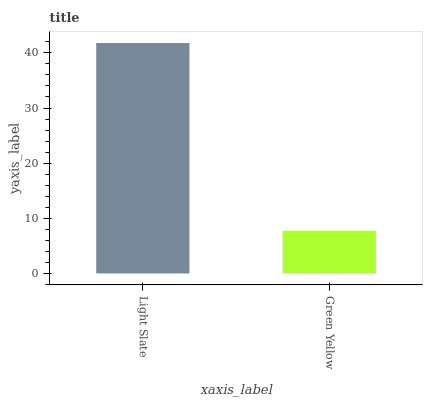
| xaxis_label | bars |
 | --- | --- |
 | Light Slate | 41.8 |
 | Green Yellow | 7.75 |